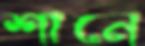
শানে